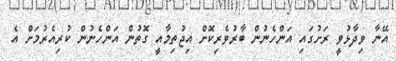
އޭނާ ވިދާޅުވީ ރަށުގައި އަންހެނުން ބާރުވެރިކޮށް އިޖުތިމާއީ ގޮތުން އަންހެނުން ކުރިއެރުމަށް އެ